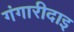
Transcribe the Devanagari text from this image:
गंगारीदाइ